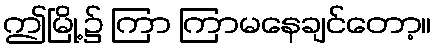
ဤမြို့၌ ကြာ ကြာမနေချင်တော့။